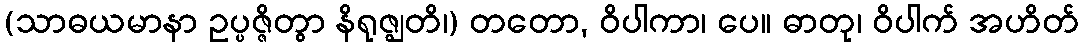
(သာဓယမာနာ ဥပ္ပဇ္ဇိတွာ နိရုဇ္ဈတိ၊) တတော, ဝိပါကာ၊ ပေ။ ဓာတု၊ ဝိပါက် အဟိတ်